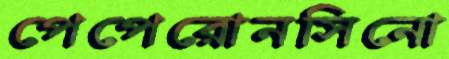
পেপেরোনসিনো